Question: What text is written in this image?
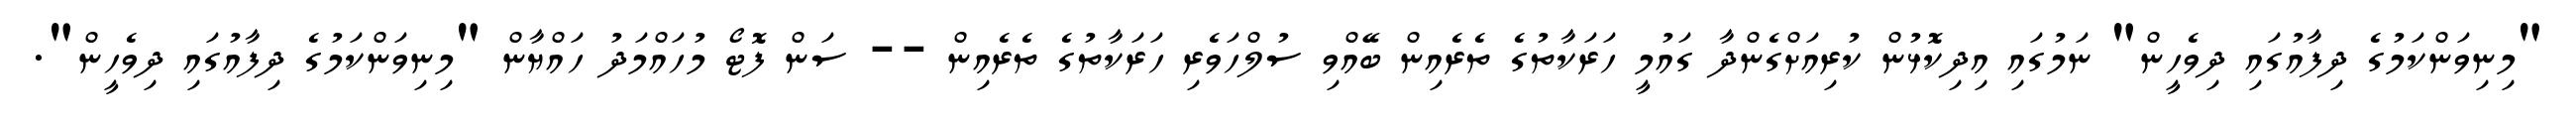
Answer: "މިނިވަންކަމުގެ ދިފާއުގައި ދިވެހީން" ނަމުގައި އިދިކޮޅުން ކުރިއަށްގެންދާ ގައުމީ ހަރަކާތުގެ ތެރެއިން ބޭއްވި ސުލްހަވެރި ހަރަކާތުގެ ތެރެއިން -- ސަން ފޮޓޯ މުހައްމަދު ހައްޔާން "މިނިވަންކަމުގެ ދިފާއުގައި ދިވެހީން".